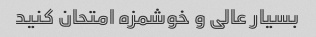
بسیار عالی و خوشمزه امتحان کنید